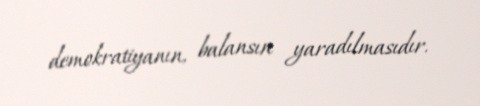
demokratiyanın, balansın yaradılmasıdır.